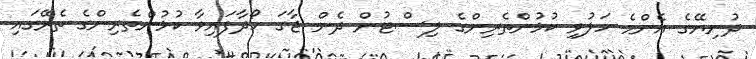
ދުނިޔޭގެ އެންމެ ހަލުވި ކުޅުންތެރިންގެ ލިސްޓުން ދެން ޖާގަ ހޯދާފައިވާ ކުޅުންތެރިންގެ ތެރޭގައި